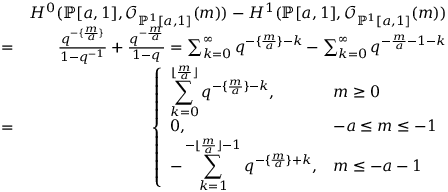
\begin{array} { r l r } & { } & { H ^ { 0 } ( \mathbb { P } [ a , 1 ] , \mathcal { O } _ { \mathbb { P } ^ { 1 } [ a , 1 ] } ( m ) ) - H ^ { 1 } ( \mathbb { P } [ a , 1 ] , \mathcal { O } _ { \mathbb { P } ^ { 1 } [ a , 1 ] } ( m ) ) } \\ & { = } & { \frac { q ^ { - \{ \frac { m } { a } \} } } { 1 - q ^ { - 1 } } + \frac { q ^ { - \frac { m } { a } } } { 1 - q } = \sum _ { k = 0 } ^ { \infty } q ^ { - \{ \frac { m } { a } \} - k } - \sum _ { k = 0 } ^ { \infty } q ^ { - \frac { m } { a } - 1 - k } } \\ & { = } & { \left\{ \begin{array} { l l } { \displaystyle { \sum _ { k = 0 } ^ { \lfloor \frac { m } { a } \rfloor } q ^ { - \{ \frac { m } { a } \} - k } } , } & { m \geq 0 } \\ { 0 , } & { - a \leq m \leq - 1 } \\ { \displaystyle { - \sum _ { k = 1 } ^ { - \lfloor \frac { m } { a } \rfloor - 1 } q ^ { - \{ \frac { m } { a } \} + k } } , } & { m \leq - a - 1 } \end{array} \right. } \end{array}